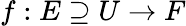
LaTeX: f:E\supseteq U\to F